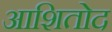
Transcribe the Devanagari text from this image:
आशितोद